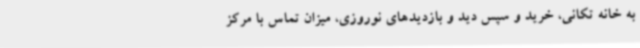
به خانه تکانی، خرید و سپس دید و بازدیدهای نوروزی، میزان تماس با مرکز